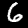
Digit: 6